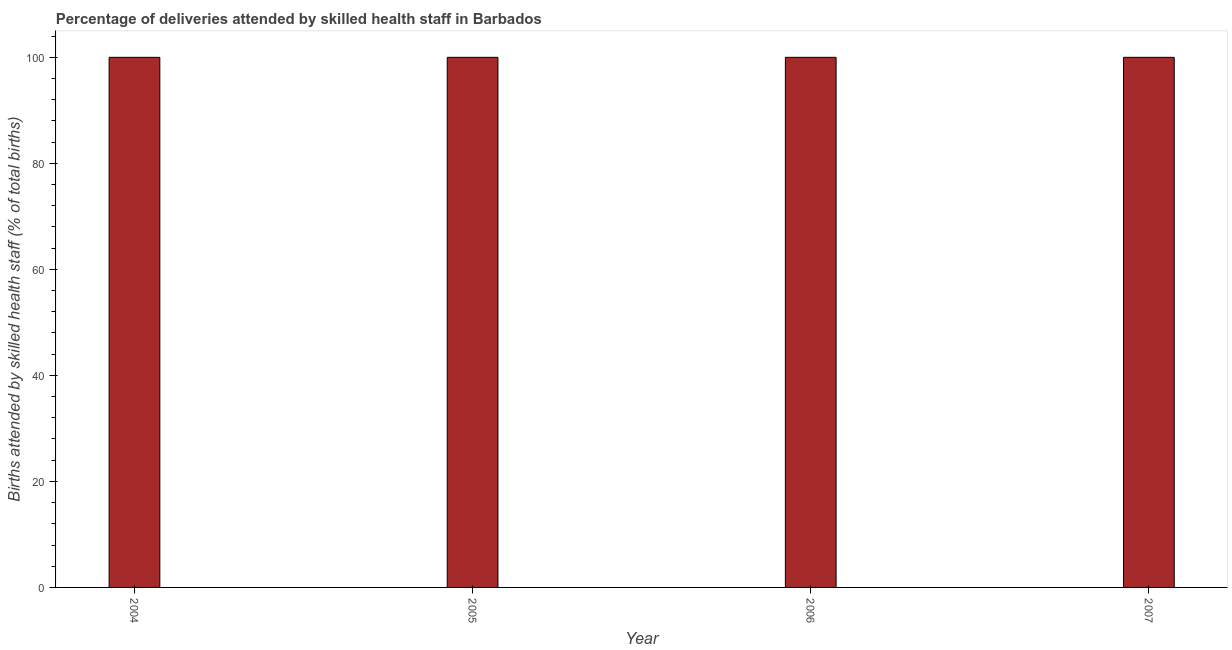
| Year | Births attended by skilled health staff |
 | --- | --- |
 | 2004 | 100 |
 | 2005 | 100 |
 | 2006 | 100 |
 | 2007 | 100 |